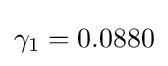
\gamma _{1}=0.0880